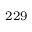
^ { 2 2 9 }